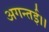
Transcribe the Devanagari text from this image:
अगन्‍तई।।